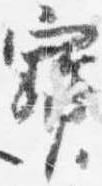
宝